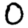
Digit: 0